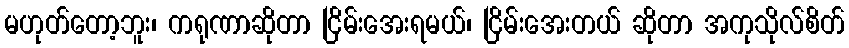
မဟုတ်တော့ဘူး၊ ကရုဏာဆိုတာ ငြိမ်းအေးရမယ်၊ ငြိမ်းအေးတယ် ဆိုတာ အကုသိုလ်စိတ်